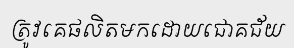
ត្រូវគេផលិតមកដោយជោគជ័យ